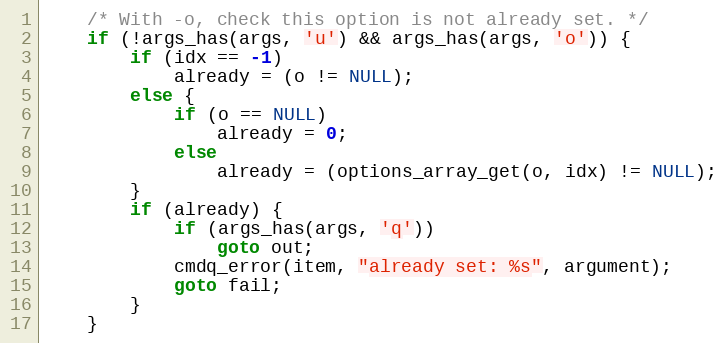
Language: C
	/* With -o, check this option is not already set. */
	if (!args_has(args, 'u') && args_has(args, 'o')) {
		if (idx == -1)
			already = (o != NULL);
		else {
			if (o == NULL)
				already = 0;
			else
				already = (options_array_get(o, idx) != NULL);
		}
		if (already) {
			if (args_has(args, 'q'))
				goto out;
			cmdq_error(item, "already set: %s", argument);
			goto fail;
		}
	}